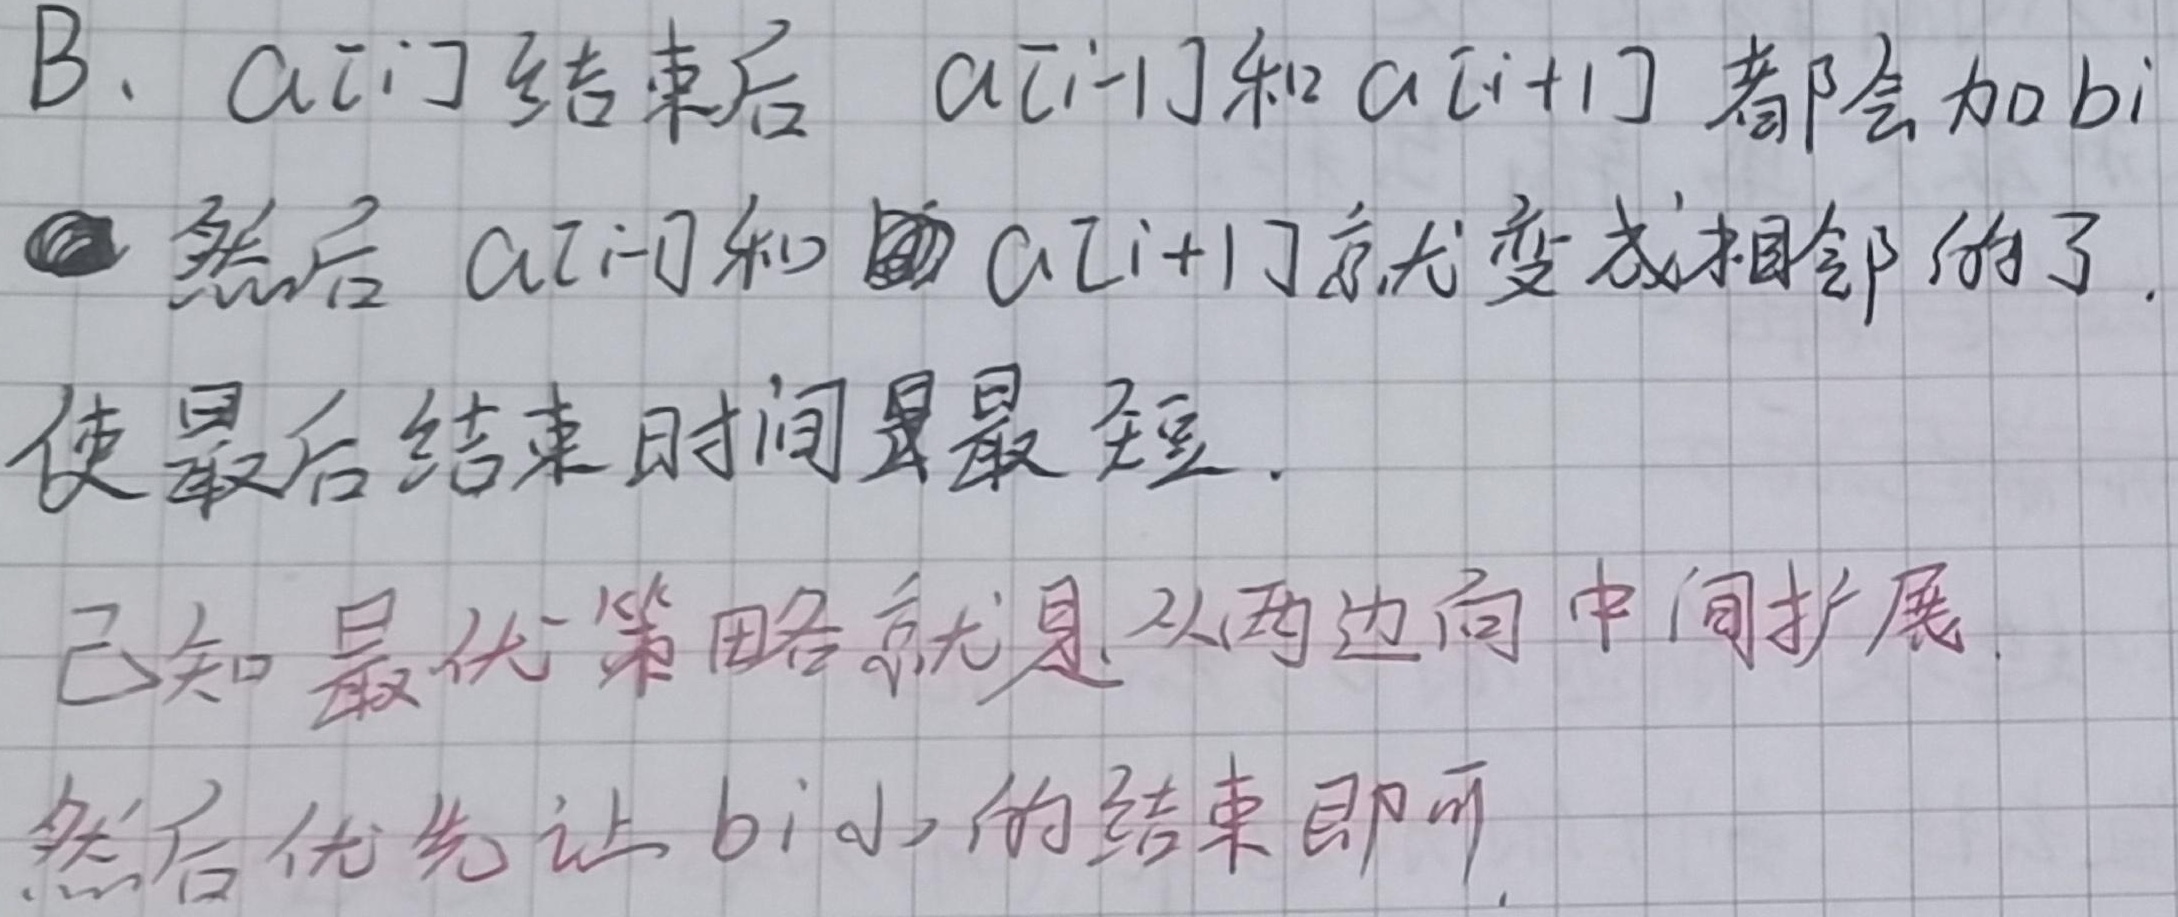
B. \(a[i]\) 结束后，\(a[i - 1]\) 和 \(a[i + 1]\) 都会加 \(b[i]\)。然后 \(a[i - 1]\) 和 \(a[i + 1]\) 就变成相邻的了。使最后结束时间最短。已知最优策略就是从两边向中间扩展，然后优先让 \(b[i]\) 小的结束即可。